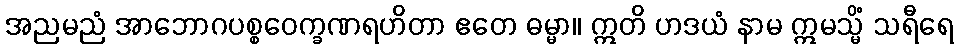
အညမညံ အာဘောဂပစ္စဝေက္ခဏရဟိတာ ဧတေ ဓမ္မာ။ ဣတိ ဟဒယံ နာမ ဣမသ္မိံ သရီရေ